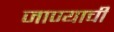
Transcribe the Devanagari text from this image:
जाण्‍याची